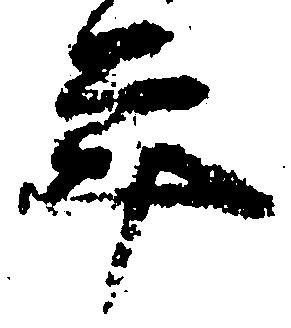
年